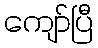
ကျော်ပြီ